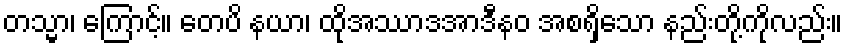
တသ္မာ၊ ကြောင့်။ တေပိ နယာ၊ ထိုအဿာဒအာဒီနဝ အစရှိသော နည်းတို့ကိုလည်း။